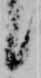
候